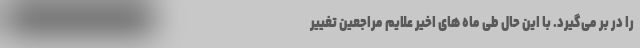
را در بر می‌گیرد. با این حال طی ماه های اخیر علایم مراجعین تغییر